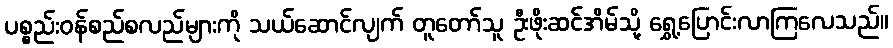
ပစ္စည်းဝန်စည်စလည်များကို သယ်ဆောင်လျက် တူတော်သူ ဦးဖိုးဆင်အိမ်သို့ ရွှေ့ပြောင်းလာကြလေသည်။